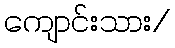
ကျောင်းသား/